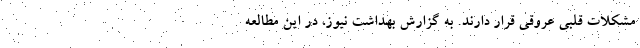
مشکلات قلبی عروقی قرار دارند. به گزارش بهداشت نیوز، در این مطالعه